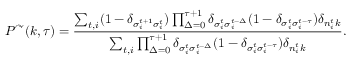
P ^ { \curvearrowright } ( k , \tau ) = \frac { \sum _ { t , i } ( 1 - \delta _ { \sigma _ { i } ^ { t + 1 } \sigma _ { i } ^ { t } } ) \prod _ { \Delta = 0 } ^ { \tau + 1 } \delta _ { \sigma _ { i } ^ { t } \sigma _ { i } ^ { t - \Delta } } ( 1 - \delta _ { \sigma _ { i } ^ { t } \sigma _ { i } ^ { t - \tau } } ) \delta _ { n _ { i } ^ { t } k } } { \sum _ { t , i } \prod _ { \Delta = 0 } ^ { \tau + 1 } \delta _ { \sigma _ { i } ^ { t } \sigma _ { i } ^ { t - \Delta } } ( 1 - \delta _ { \sigma _ { i } ^ { t } \sigma _ { i } ^ { t - \tau } } ) \delta _ { n _ { i } ^ { t } k } } .